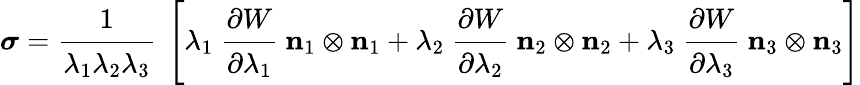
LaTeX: {\boldsymbol{\sigma}}={\cfrac{1}{\lambda_{1}\lambda_{2}\lambda_{3}}}~\left[\lambda_{1}~{\cfrac{\partial W}{\partial\lambda_{1}}}~\mathbf{n}_{1}\otimes\mathbf{n}_{1}+\lambda_{2}~{\cfrac{\partial W}{\partial\lambda_{2}}}~\mathbf{n}_{2}\otimes\mathbf{n}_{2}+\lambda_{3}~{\cfrac{\partial W}{\partial\lambda_{3}}}~\mathbf{n}_{3}\otimes\mathbf{n}_{3}\right]